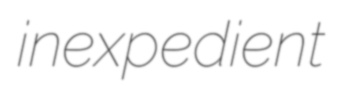
inexpedient